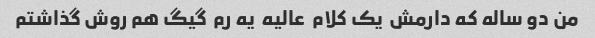
من دو ساله که دارمش  یک کلام  عالیه  یه رم  گیگ هم روش گذاشتم